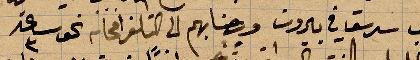
نجيب سرسق في بيروت وجنابهم الى التلغراف نحو ساعة ٣